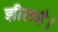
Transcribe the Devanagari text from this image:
झीलहै।